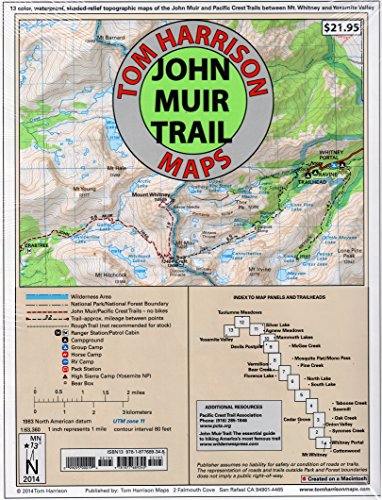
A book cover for John Muir Trail Map-Pack: Shaded Relief Topo Maps (Tom Harrison Maps); Tom Harrison; Reference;